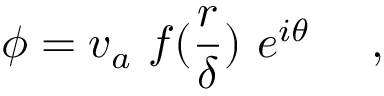
\phi = v _ { a } ~ f ( { \frac { r } { \delta } } ) ~ e ^ { i \theta } ~ ~ ~ \ ,